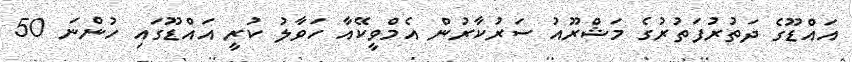
އައްޑޫގެ ދަތުރުފަތުރުގެ މަޝްރޫއު ސަރުކާރުން އެމްވީކޭއާ ހަވާލު ކުރީ އައްޑޫގައި ހުންނަ 50